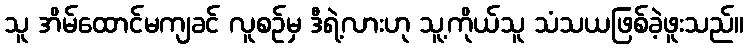
သူ အိမ်ထောင်မကျခင် လူစဉ်မှ ဒီရဲ့လားဟု သူ့ကိုယ်သူ သံသယဖြစ်ခဲ့ဖူးသည်။